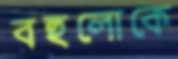
বহুলোকে